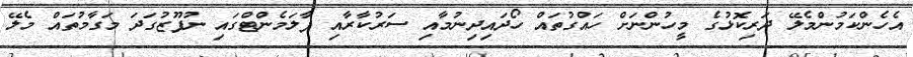
އެހެންކަމުންމެލޭ ދަރިކޮޅުގެ މީހުންނަށް ހައްގުތައް ހޯދައިދިނުމާއި ސަރުކާރާއި ޕާލަމެންޓްގައި ނުފޫޒުގަދަ މަގާމުތައް މެލޭ